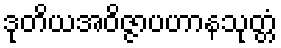
ဒုတိယအဝိဇ္ဇာပဟာနသုတ္တံ